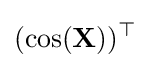
(\cos(\mathbf {X} ))^{\top }